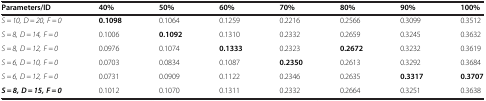
<table><thead><tr><td><b>Parameters/ID</b></td><td><b>40%</b></td><td><b>50%</b></td><td><b>60%</b></td><td><b>70%</b></td><td><b>80%</b></td><td><b>90%</b></td><td><b>100%</b></td></tr></thead><tbody><tr><td><i>S = 10, D = 20, F = 0</i></td><td><b>0.1098</b></td><td>0.1064</td><td>0.1259</td><td>0.2216</td><td>0.2566</td><td>0.3099</td><td>0.3512</td></tr><tr><td><i>S = 8, D = 14, F = 0</i></td><td>0.1006</td><td><b>0.1092</b></td><td>0.1310</td><td>0.2332</td><td>0.2659</td><td>0.3245</td><td>0.3632</td></tr><tr><td><i>S = 8, D = 12, F = 0</i></td><td>0.0976</td><td>0.1074</td><td><b>0.1333</b></td><td>0.2323</td><td><b>0.2672</b></td><td>0.3232</td><td>0.3619</td></tr><tr><td><i>S = 6, D = 10, F = 0</i></td><td>0.0703</td><td>0.0834</td><td>0.1087</td><td><b>0.2350</b></td><td>0.2613</td><td>0.3292</td><td>0.3684</td></tr><tr><td><i>S = 6, D = 12, F = 0</i></td><td>0.0731</td><td>0.0909</td><td>0.1122</td><td>0.2346</td><td>0.2635</td><td><b>0.3317</b></td><td><b>0.3707</b></td></tr><tr><td><b><i>S = 8, D = 15, F = 0</i></b></td><td>0.1012</td><td>0.1070</td><td>0.1311</td><td>0.2332</td><td>0.2664</td><td>0.3251</td><td>0.3638</td></tr></tbody></table>